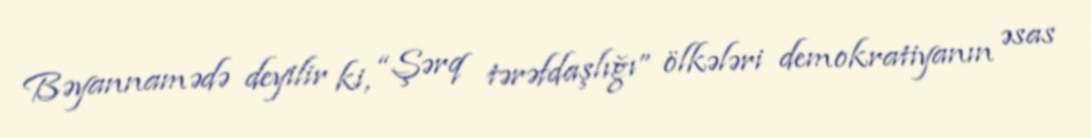
Bəyannamədə deyilir ki, “Şərq tərəfdaşlığı” ölkələri demokratiyanın əsas